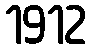
1912